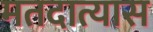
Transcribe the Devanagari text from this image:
मतदात्यास